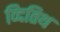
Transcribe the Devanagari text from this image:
व्दितिथ